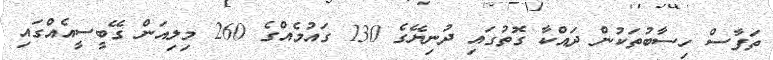
ތަފާސް ހިސާބުތަކުން ދައްކާ ގޮތުގައި ދުނިޔޭގެ 130 ގައުމެއްގެ 260 މިލިއަން ގޭބީސީއެއްގައި